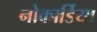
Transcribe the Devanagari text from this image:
नोकार्डिया